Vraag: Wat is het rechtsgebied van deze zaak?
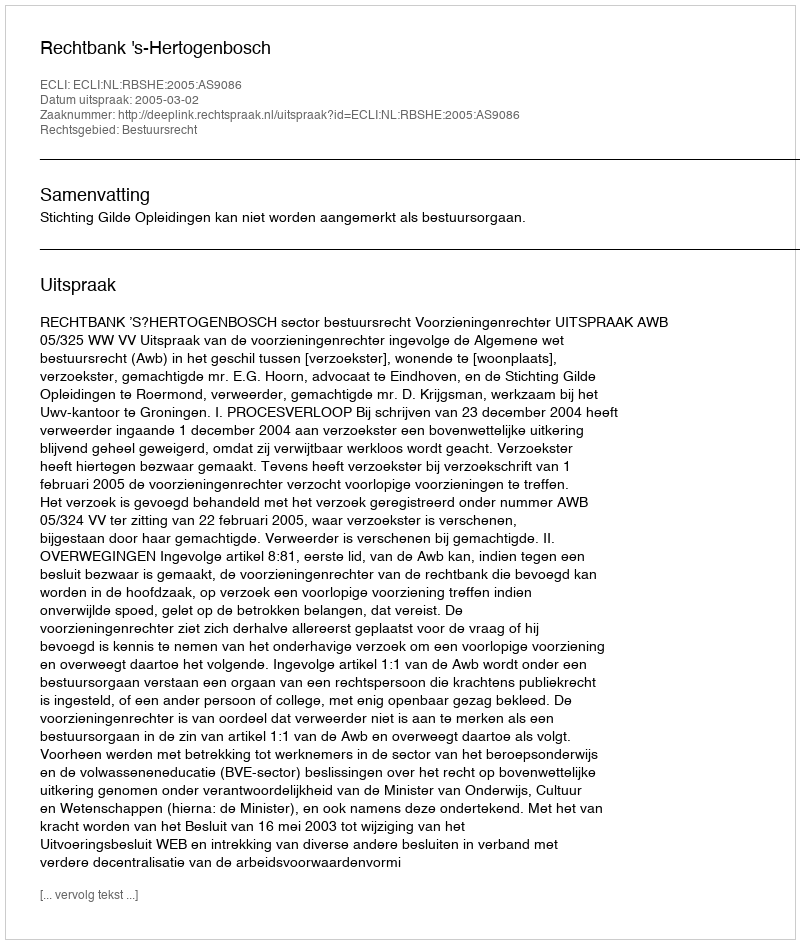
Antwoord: Bestuursrecht